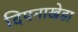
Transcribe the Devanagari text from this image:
दिपनाखेडा